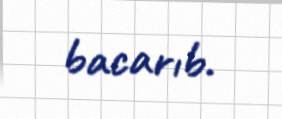
bacarıb.